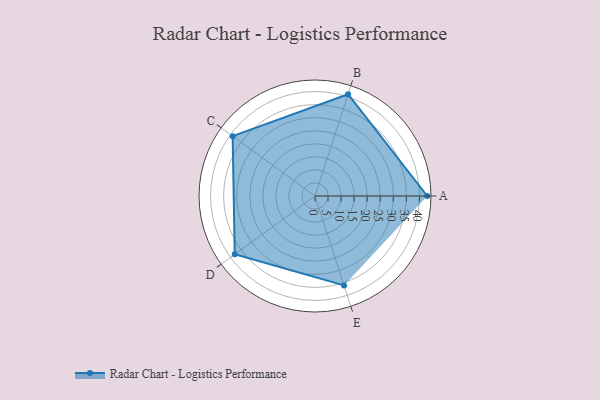
{"axis": {"x": "Skill", "y": "Score"}, "legend": ["Profile"], "data": [{"x": "A", "y": 43.0, "type": "Profile"}, {"x": "B", "y": 41.0, "type": "Profile"}, {"x": "C", "y": 39.0, "type": "Profile"}, {"x": "D", "y": 38.0, "type": "Profile"}, {"x": "E", "y": 36.0, "type": "Profile"}]}